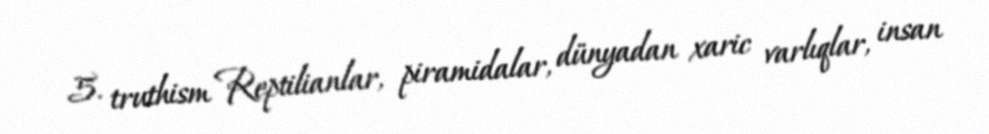
5. truthism Reptilianlar, piramidalar, dünyadan xaric varlıqlar, insan